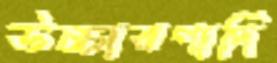
উচ্চারণাদি